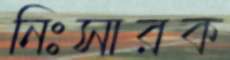
নিঃসারক